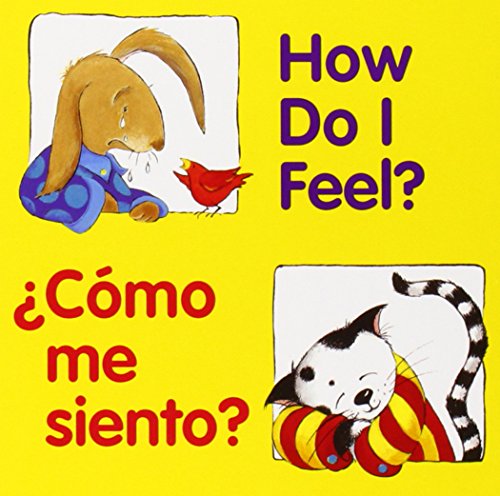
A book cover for How Do I Feel? / Â¿CÃ³mo me siento? (Good Beginnings) (Spanish Edition); Children's Books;